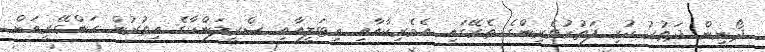
ދޯނިން ދަތުރު ކުރި ފަތުރުވެރިންގެ ތެރޭގައި އެމެރިކާއާއި އިޓަލީއާއި ސްރީލަންކާގެ އިތުރުން ހަންގޭރީއަށް